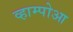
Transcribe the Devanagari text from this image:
व्हाम्पोआ